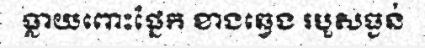
ធ្លាយពោះផ្នែក ខាងឆ្វេង របួសធ្ងន់